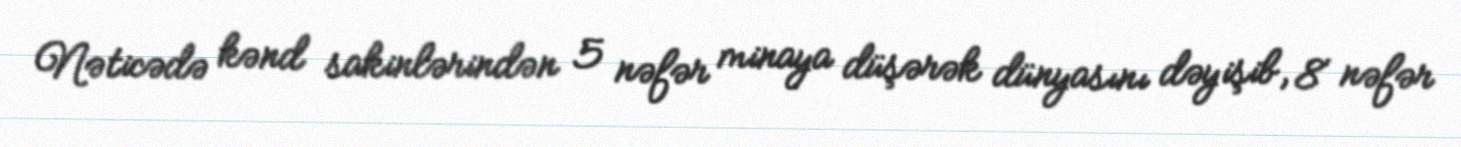
Nəticədə kənd sakinlərindən 5 nəfər minaya düşərək dünyasını dəyişib, 8 nəfər